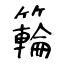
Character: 𥶡